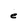
Character: e